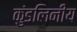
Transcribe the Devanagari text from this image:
कुंडलिनीय